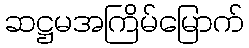
ဆဋ္ဌမအကြိမ်မြောက်